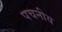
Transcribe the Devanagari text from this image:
पचनीय